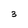
Character: 3